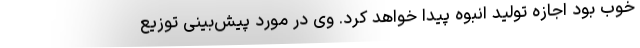
خوب بود اجازه تولید انبوه پیدا خواهد کرد. وی در مورد پیش‌بینی توزیع